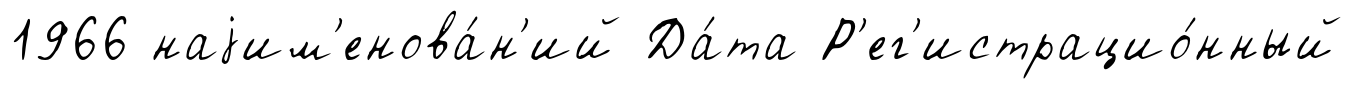
1966 наjим'енова́н'ий Да́та Р'ег'истрацио́нный